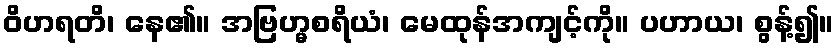
ဝိဟရတိ၊ နေ၏။ အဗြဟ္မစရိယံ၊ မေထုန်အကျင့်ကို။ ပဟာယ၊ စွန့်၍။